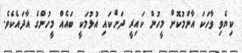
ކިޔެވި ވާހަކަ އާންމުކޮށް މީހުން ކައިރީ ދަށްކައި އުޅުމަކީ ބައެއް މީހުންގެ އާދައެކެވެ.